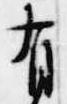
有